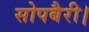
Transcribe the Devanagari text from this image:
सोपबैरी।